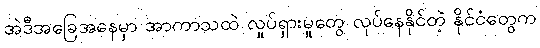
အဲဒီအခြေအနေမှာ အာကာသထဲ လှုပ်ရှားမှုတွေ လုပ်နေနိုင်တဲ့ နိုင်ငံတွေက